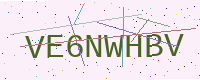
Text: VE6NWHBV